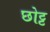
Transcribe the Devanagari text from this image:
छोट्ट